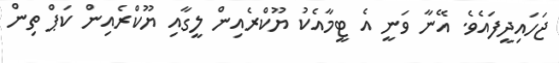
ޖަހައިދީފައެވެ. އޭނާ ވަނީ އެ ޓީމާއެކު ޔޫކްރެއިން ލީގާއި ޔޫކްރެއިން ކަޕް ތިން